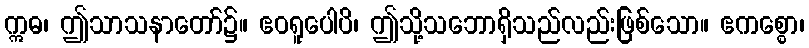
ဣဓ၊ ဤသာသနာတော်၌။ ဧဝရူပေါပိ၊ ဤသို့သဘောရှိသည်လည်းဖြစ်သော။ ဧကစ္စော၊